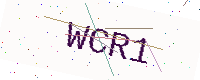
Text: WCR1